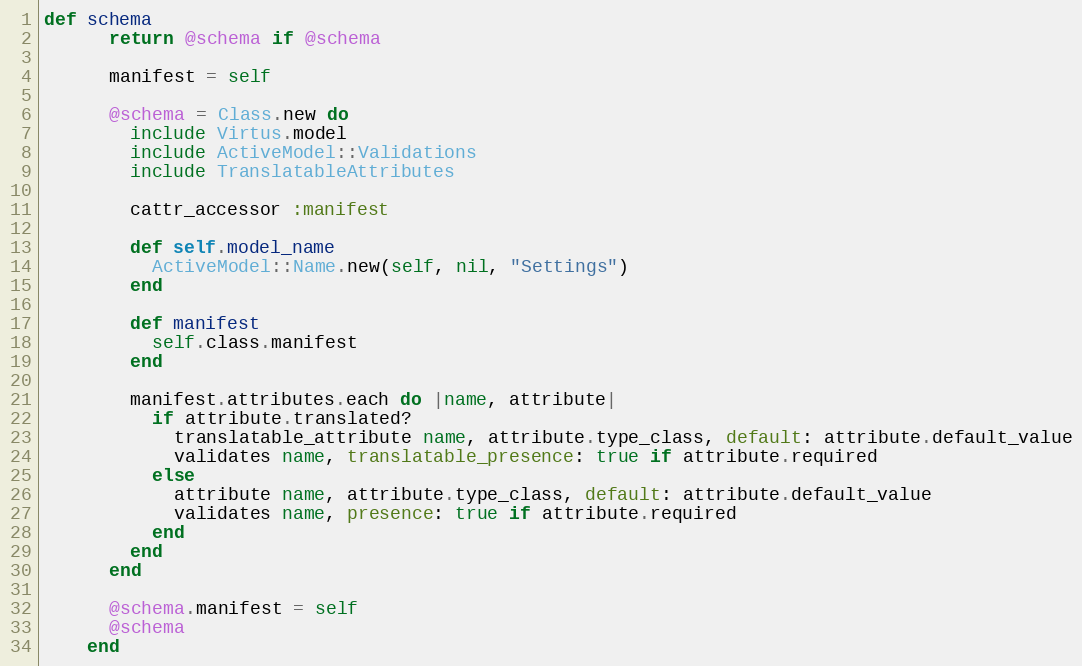
Language: Ruby
def schema
      return @schema if @schema

      manifest = self

      @schema = Class.new do
        include Virtus.model
        include ActiveModel::Validations
        include TranslatableAttributes

        cattr_accessor :manifest

        def self.model_name
          ActiveModel::Name.new(self, nil, "Settings")
        end

        def manifest
          self.class.manifest
        end

        manifest.attributes.each do |name, attribute|
          if attribute.translated?
            translatable_attribute name, attribute.type_class, default: attribute.default_value
            validates name, translatable_presence: true if attribute.required
          else
            attribute name, attribute.type_class, default: attribute.default_value
            validates name, presence: true if attribute.required
          end
        end
      end

      @schema.manifest = self
      @schema
    end